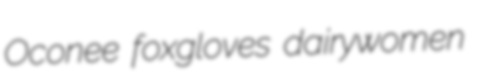
Oconee foxgloves dairywomen